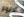
الانوار